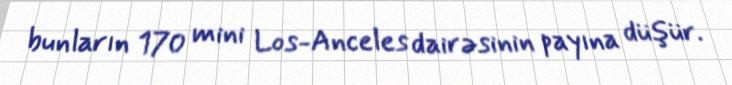
bunların 170 mini Los-Anceles dairəsinin payına düşür.